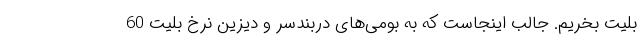
بلیت بخریم. جالب اینجاست که به بومی‌های دربندسر و دیزین نرخ بلیت 60